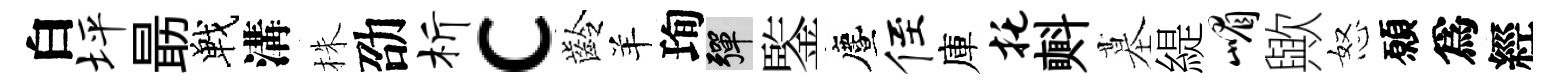
白坪朂戰溝株劭析c齡羊珣彈鍳󵨌侄庫托㪺墓緹嵋歟怒願爲經